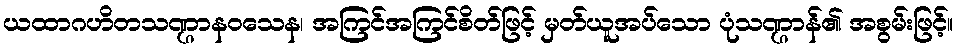
ယထာဂဟိတသဏ္ဌာနဝသေန၊ အကြင်အကြင်စိတ်ဖြင့် မှတ်ယူအပ်သော ပုံသဏ္ဌာန်၏ အစွမ်းဖြင့်။